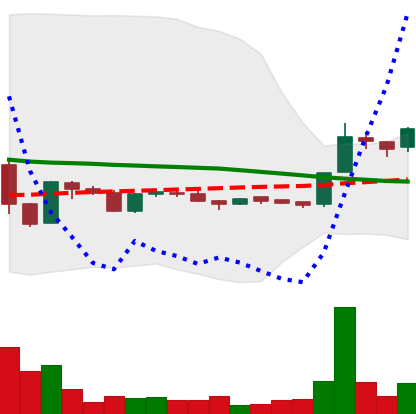
Ticker: LTC-USD
Chart end date: 2015-11-29
Forward return: -8.391%
Label: down_7plus